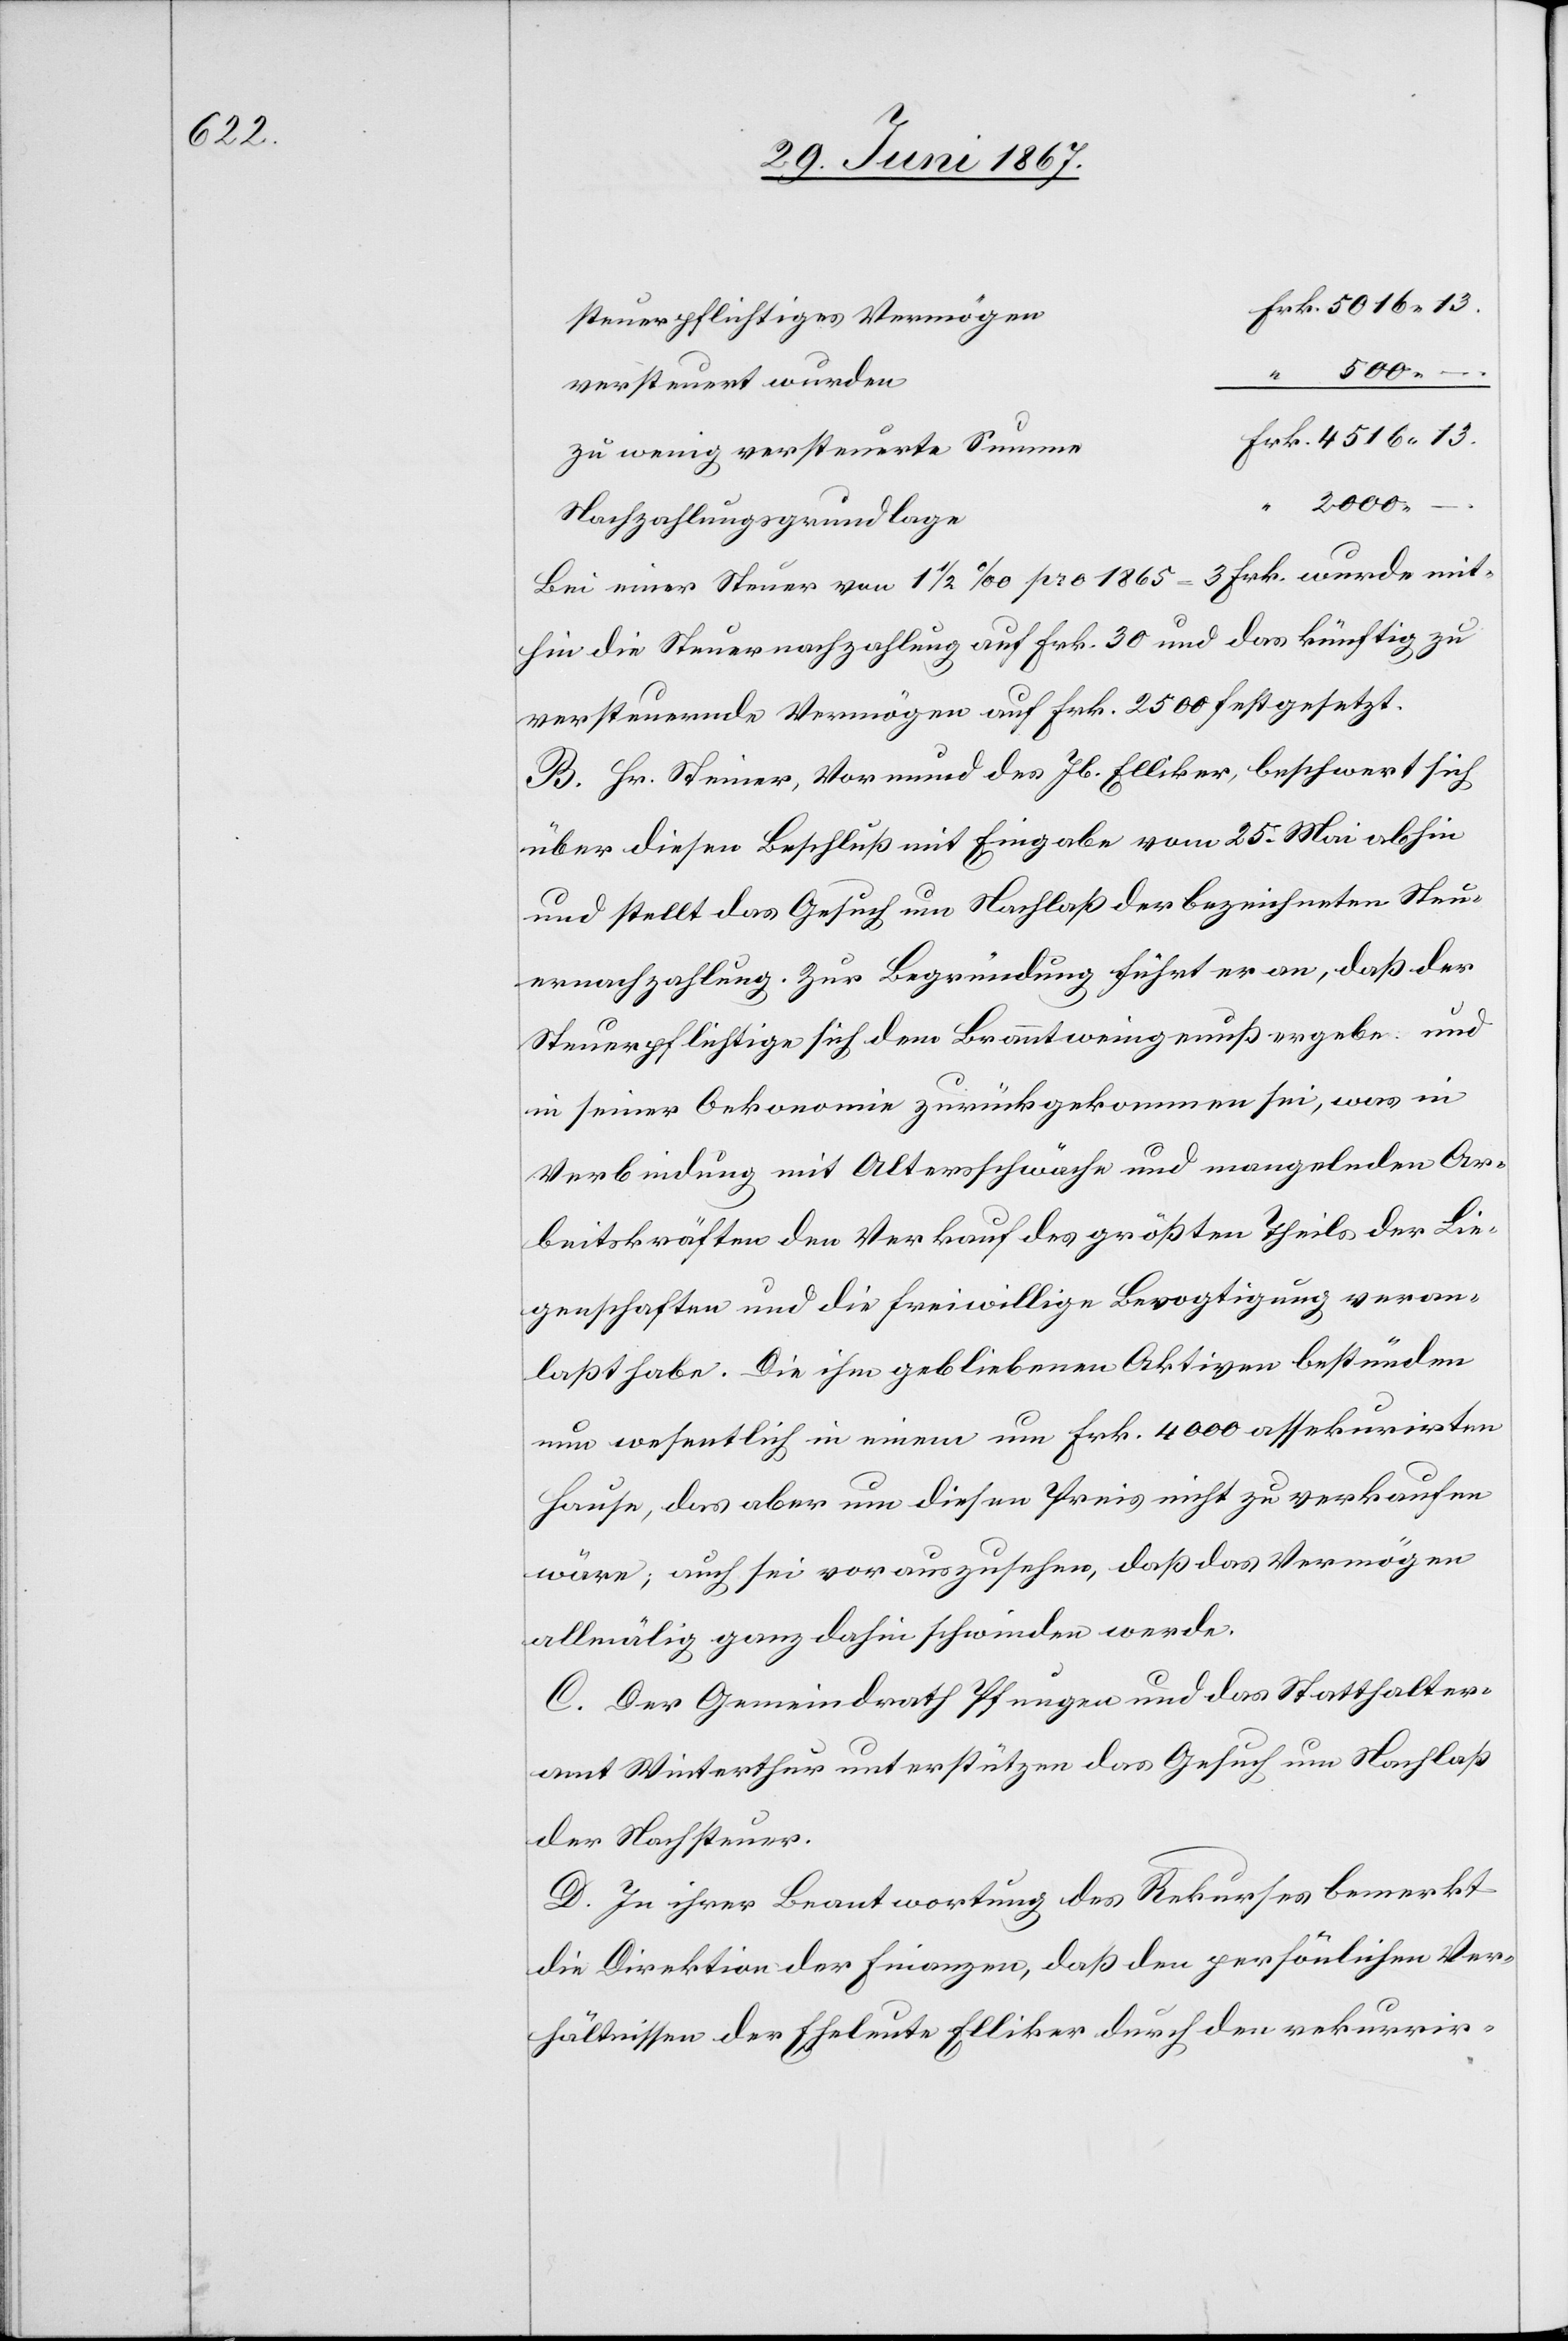
500.
–.
versteuert wurden
zu wenig versteuerte Summe
–.
2000.
Nachzahlungsgrundlage
Bei einer Steuer von 1 ½ ‰ pro 1865 = 3 Frk. wurde mit¬
hin die Steuernachzahlung auf Frk. 30 und das künftig zu
versteuernde Vermögen auf Frk. 2500 festgesetzt.
B. Hr. Steiner, Vormund des Jb. Elliker, beschwert sich
über diesen Beschluß mit Eingabe vom 25. Mai abhin
und stellt das Gesuch um Nachlaß der bezeichneten Steu¬
ernachzahlung. Zur Begründung führt er an, daß der
Steuerpflichte sich dem Branntweingenuß ergebe und
in seiner Oekonomie zurückgekommen sei, was in
Verbindung mit Altersschwäche und mangelnden Ar¬
beitskräften den Verkauf des größten Theils der Lie¬
genschaften und die freiwillige Bevogtigung veran¬
laßt habe. Die ihm gebliebenen Aktiven bestünden
nun wesentlich in einem um Frk. 4000 assekurirten
Hause, das aber um diesen Preis nicht zu verkaufen
wäre; auch sei vorauszusehen, daß das Vermögen
allmälig ganz dahin schwinden werden.
C. Der Gemeindrath Pfungen und das Statthalter¬
amt Winterthur unterstützen das Gesuch um Nachlaß
der Nachsteuer.
D. In ihrer Beantwortung des Rekurses bemerkt
die Direktion der Finanzen, daß den persönlichen Ver¬
hältnissen der Eheleute Elliker durch den rekurrir-